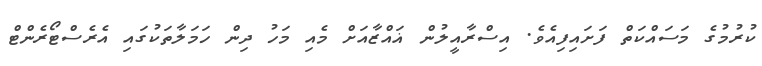
ކުރުމުގެ މަސައްކަތް ފަށައިފިއެވެ. އިސްރާއީލުން ޣައްޒާއަށް މެއި މަހު ދިން ހަމަލާތަކުގައި އެރެސްޓޯރެންޓް